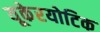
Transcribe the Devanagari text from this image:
यूकेरयोटिक